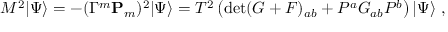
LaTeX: M ^ { 2 } | \Psi \rangle = - ( \Gamma ^ { m } { \bf P } _ { m } ) ^ { 2 } | \Psi \rangle = T ^ { 2 } \left( \operatorname * { d e t } ( G + { \cal F } ) _ { a b } + P ^ { a } G _ { a b } P ^ { b } \right) | \Psi \rangle \ ,